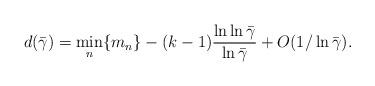
LaTeX: \begin{align*} d(\bar\gamma) = \min_n\{m_n\} - (k - 1)\frac{\ln\ln\bar\gamma}{\ln\bar\gamma} + O(1/\ln\bar\gamma).\end{align*}